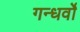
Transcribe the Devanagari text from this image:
गन्धर्वो